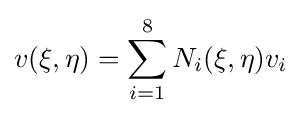
v(\xi ,\eta )=\sum _{i=1}^{8}N_{i}(\xi ,\eta )v_{i}